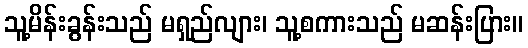
သူ့မိန်းခွန်းသည် မရှည်လျား၊ သူ့စကားသည် မဆန်းပြား။